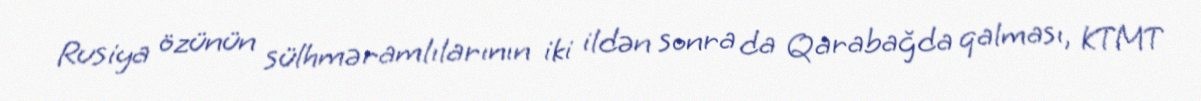
Rusiya özünün sülhməramlılarının iki ildən sonra da Qarabağda qalması, KTMT